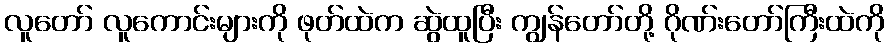
လူတော် လူကောင်းများကို ဖုတ်ထဲက ဆွဲထူပြီး ကျွန်တော်တို့ ဂိုဏ်းတော်ကြီးထဲကို